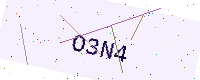
Text: O3N4